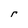
Character: r